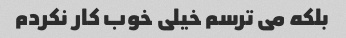
بلکه می ترسم خیلی خوب کار نکردم